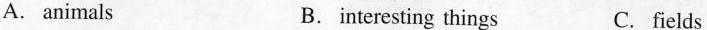
A. animals B. interesting things C. fields